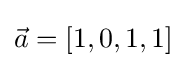
{\vec {a}}=[1,0,1,1]